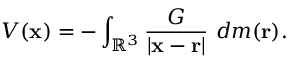
V ( \mathbf { x } ) = - \int _ { \mathbb { R } ^ { 3 } } { \frac { G } { | \mathbf { x } - \mathbf { r } | } } \ d m ( \mathbf { r } ) .